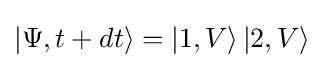
\left|\Psi ,t+dt\right\rangle =\left|1,V\right\rangle \left|2,V\right\rangle